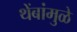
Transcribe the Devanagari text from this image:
थेंबांमुळे